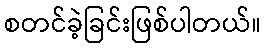
စတင်ခဲ့ခြင်းဖြစ်ပါတယ်။